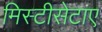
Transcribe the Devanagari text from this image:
मिस्टीसेटाए